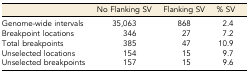
<table><thead><tr><td></td><td><b>No Flanking SV</b></td><td><b>Flanking SV</b></td><td><b>% SV</b></td></tr></thead><tbody><tr><td>Genome-wide intervals</td><td>35,063</td><td>868</td><td>2.4</td></tr><tr><td>Breakpoint locations</td><td>346</td><td>27</td><td>7.2</td></tr><tr><td>Total breakpoints</td><td>385</td><td>47</td><td>10.9</td></tr><tr><td>Unselected locations</td><td>154</td><td>15</td><td>9.7</td></tr><tr><td>Unselected breakpoints</td><td>157</td><td>15</td><td>9.6</td></tr></tbody></table>